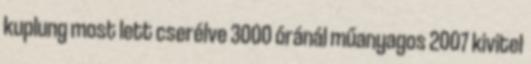
kuplung most lett cserélve 3000 óránál műanyagos 2007 kivitel